Indian journal of veterinary science and animal husbandry - Volume 4,
Year: 1934
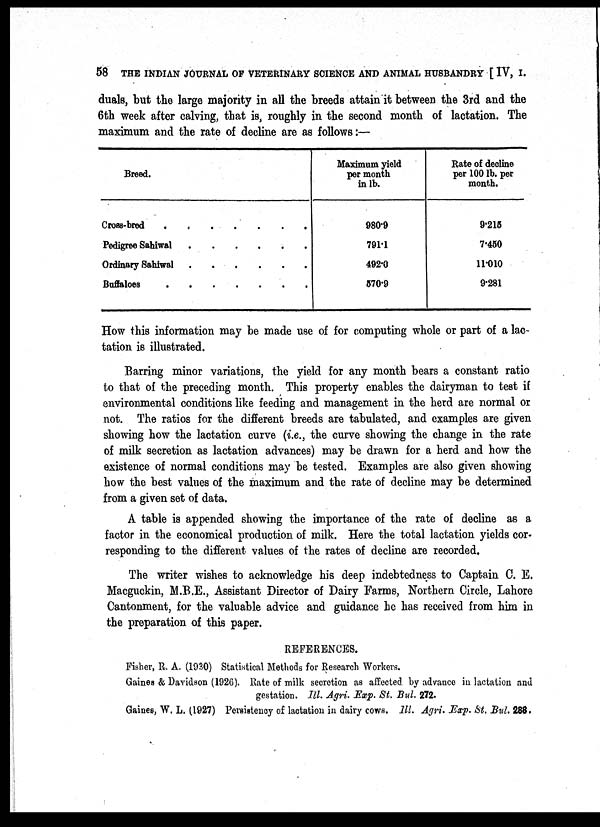
58 THE INDIAN JOURNAL OF VETERINARY SCIENCE AND ANIMAL HUSBANDRY [ IV, I.
duals, but the large majority in all the breeds attain it between the 3rd and the
6th week after calving, that is, roughly in the second month of lactation. The
maximum and the rate of decline are as follows:—
Breed.
Cross-bred . . . . . . .
Pedigree Sahiwal
.
.
.
.
.
.
Ordinary Sahiwal
.
.
.
.
.
.
Buffaloes
.
.
.
.
.
.
.
Maximum yield
per month
in lb.
980.9
791.1
492.0
570.9
Rate of decline
per 100 lb. per
month.
9.215
7.450
11.010
9.281
How this information may be made use of for computing whole or part of a lac-
tation is illustrated.
Barring minor variations, the yield for any month bears a constant ratio
to that of the preceding month. This property enables the dairyman to test if
environmental conditions like feeding and management in the herd are normal or
not. The ratios for the different breeds are tabulated, and examples are given
showing how the lactation curve (i,e., the curve showing the change in the rate
of milk secretion as lactation advances) may be drawn for a herd and how the
existence of normal conditions may be tested. Examples are also given showing
how the best values of the maximum and the rate of decline may be determined
from a given set of data.
A table is appended showing the importance of the rate of decline as a
factor in the economical production of milk. Here the total lactation yields cor-
responding to the different values of the rates of decline are recorded,
The writer wishes to acknowledge his deep indebtedness to Captain C. E.
Macguckin, M.B.E., Assistant Director of Dairy Farms, Northern Circle, Lahore
Cantonment, for the valuable advice and guidance he has received from him in
the preparation of this paper.
REFERENCES.
Fisher, R. A. (1930) Statistical Methods for Research Workers.
Gaines & Davidson (1926). Rate of milk secretion as affected. by advance in lactation and
gestation. Ill Agri. Exp. St. Bul, 272.
Gaines, W. L. (1927) Persistency of lactation in dairy cows. Ill. Agri. Exp. St, Bul, 288.